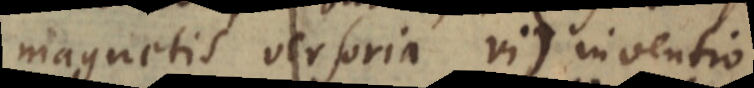
magnetis versoria vi) inventio